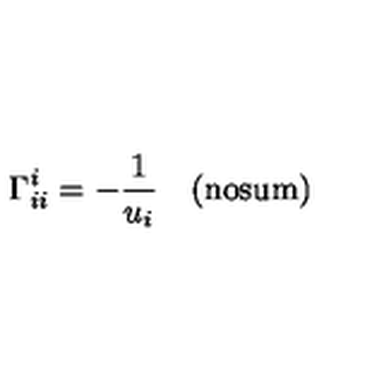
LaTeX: \Gamma _ { i i } ^ { i } = - \frac { 1 } { u _ { i } } \quad ( \mathrm { n o s u m ) }